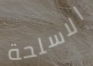
الاسلحة